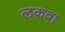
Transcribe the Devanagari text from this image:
लक़वा